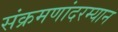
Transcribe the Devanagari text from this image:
संक्रमणांदरम्यान